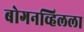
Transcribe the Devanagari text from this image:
बोगनव्हिलला